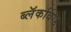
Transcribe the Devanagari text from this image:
ब्लॅकविंग्ड